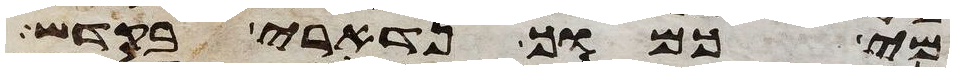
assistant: מי כמוך נדארי בקדש